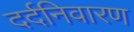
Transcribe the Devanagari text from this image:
दर्दनिवारण